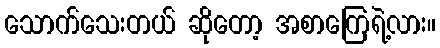
သောက်သေးတယ် ဆိုတော့ အစာကြေရဲ့လား။